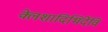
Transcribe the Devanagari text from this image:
क्लेशादिभिर्देवि